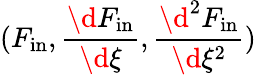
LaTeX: (F_{\mathrm{in}},\frac{\d F_{\mathrm{in}}}{\d\xi},\frac{\d^{2}F_{\mathrm{in}}}{\d\xi^{2}})